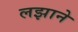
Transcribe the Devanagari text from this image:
लझाने